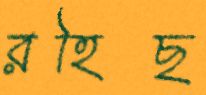
রহিছ